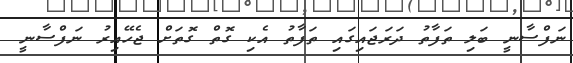
ނަފްސާނީ ބަލި ތަފާތު ދަރަޖައިގައި ތަފާތު އެކި ގޮތް ގޮތަށް ޖެހޭއިރު ނަފްސާނީ